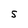
Character: 5